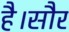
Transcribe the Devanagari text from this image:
है।सौर